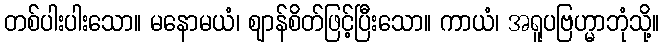
တစ်ပါးပါးသော။ မနောမယံ၊ ဈာန်စိတ်ဖြင့်ပြီးသော။ ကာယံ၊ အရူပဗြဟ္မာဘုံသို့။